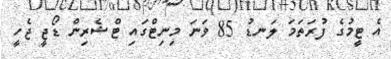
އެ ޓީމުގެ ފުރަތަމަ ލަނޑު 85 ވަނަ މިނިޓްގައި ޓްޝެރިން ޑޯޖީ ޖެހީ